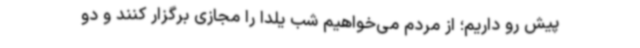
پیش رو داریم؛ از مردم می‌خواهیم شب یلدا را مجازی برگزار کنند و دو